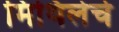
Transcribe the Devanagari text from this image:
मिथिलेचे